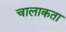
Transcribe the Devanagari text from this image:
चालाकता